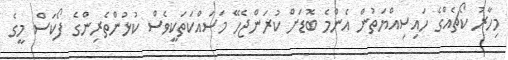
މިހާރު ކޯޗެއްގެ ހައިސިއްޔަތުން އެންމެ ބޮޑަށް ކުރަންޖެހޭ މަސައްކަތަކީވެސް ކުޅުންތެރިންގެ ފޯކަސް މީގެ